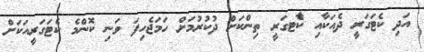
އަދި ކެޓަގަރީ ދެއަކާއި ކެާޓގަރީ ތިންކަށް ދުކުރުމަށް ހަމަޖެހިފަ ވަނި ކޮންމެ ކެޓަގަރީއަކަށް